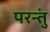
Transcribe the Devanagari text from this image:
परन्तुं